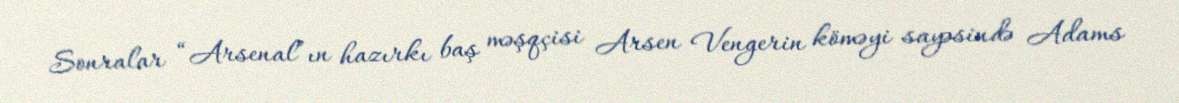
Sonralar “Arsenal”ın hazırkı baş məşqçisi Arsen Vengerin köməyi sayəsində Adams